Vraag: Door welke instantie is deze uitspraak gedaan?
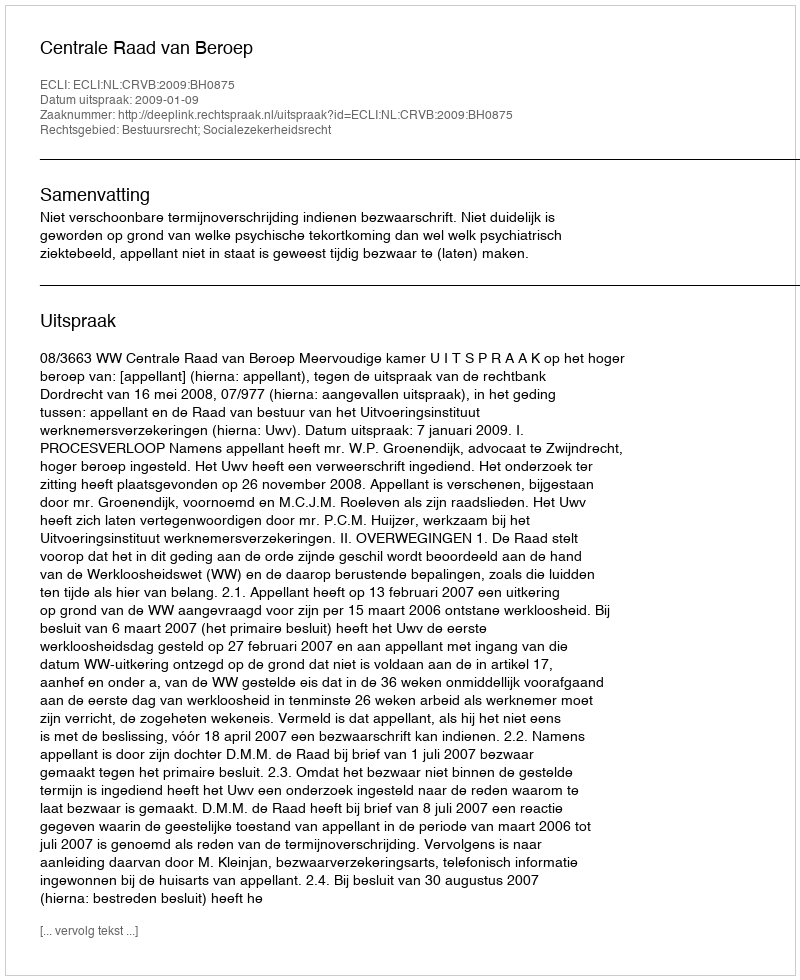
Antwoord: Centrale Raad van Beroep